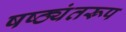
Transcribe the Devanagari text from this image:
षष्ठ्यंतरूप